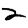
Digit: 2